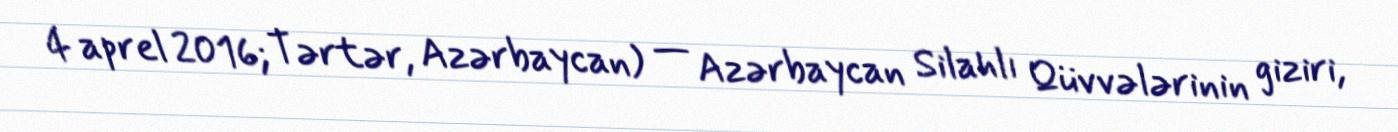
4 aprel 2016; Tərtər, Azərbaycan) — Azərbaycan Silahlı Qüvvələrinin giziri,